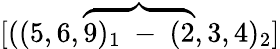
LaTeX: [((5,6,\overbrace{9)_{1}\mathrm{~-~}(2},3,4)_{2}]